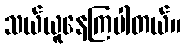
သယ်ယူနေကြပါတယ်။